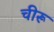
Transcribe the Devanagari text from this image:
चीरू